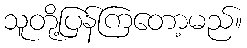
သူတို့ပြန်ကြတော့မည်။